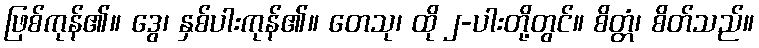
ဖြစ်ကုန်၏။ ဒွေ၊ နှစ်ပါးကုန်၏။ တေသု၊ ထို ၂-ပါးတို့တွင်။ စိတ္တံ၊ စိတ်သည်။